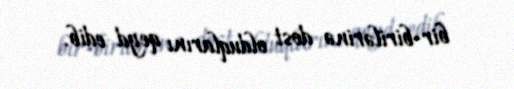
bir-birilərinə dost olduqlarını qeyd edib.